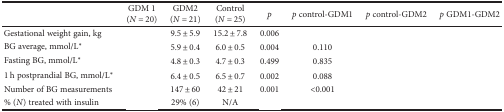
<table><thead><tr><td>[EMPTY_CELL]</td><td><b>GDM 1(<i>N</i> = 20)</b></td><td><b>GDM2(<i>N</i> = 21)</b></td><td><b>Control(<i>N</i> = 25)</b></td><td><b><i>p</i></b></td><td><b><i>p</i> control-GDM1</b></td><td><b><i>p</i> control-GDM2</b></td><td><b><i>p</i> GDM1-GDM2</b></td></tr></thead><tbody><tr><td>Gestational weight gain, kg</td><td>[EMPTY_CELL]</td><td>9.5 ± 5.9</td><td>15.2 ± 7.8</td><td>0.006</td><td>[EMPTY_CELL]</td><td>[EMPTY_CELL]</td><td>[EMPTY_CELL]</td></tr><tr><td>BG average, mmol/L<sup>∗</sup></td><td>[EMPTY_CELL]</td><td>5.9 ± 0.4</td><td>6.0 ± 0.5</td><td>0.004</td><td>0.110</td><td>[EMPTY_CELL]</td><td>[EMPTY_CELL]</td></tr><tr><td>Fasting BG, mmol/L<sup>∗</sup></td><td>[EMPTY_CELL]</td><td>4.8 ± 0.3</td><td>4.7 ± 0.3</td><td>0.499</td><td>0.835</td><td>[EMPTY_CELL]</td><td>[EMPTY_CELL]</td></tr><tr><td>1 h postprandial BG, mmol/L<sup>∗</sup></td><td>[EMPTY_CELL]</td><td>6.4 ± 0.5</td><td>6.5 ± 0.7</td><td>0.002</td><td>0.088</td><td>[EMPTY_CELL]</td><td>[EMPTY_CELL]</td></tr><tr><td>Number of BG measurements</td><td>[EMPTY_CELL]</td><td>147 ± 60</td><td>42 ± 21</td><td>0.001</td><td>&lt;0.001</td><td>[EMPTY_CELL]</td><td>[EMPTY_CELL]</td></tr><tr><td>% (<i>N</i>) treated with insulin</td><td>[EMPTY_CELL]</td><td>29% (6)</td><td>N/A</td><td>[EMPTY_CELL]</td><td>[EMPTY_CELL]</td><td>[EMPTY_CELL]</td><td>[EMPTY_CELL]</td></tr></tbody></table>